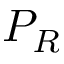
P _ { R }